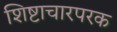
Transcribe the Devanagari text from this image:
शिष्टाचारपरक